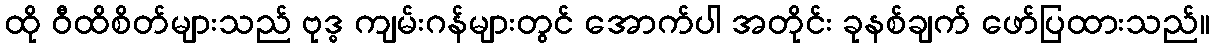
ထို ဝီထိစိတ်များသည် ဗုဒ္ဓ ကျမ်းဂန်များတွင် အောက်ပါ အတိုင်း ခုနစ်ချက် ဖော်ပြထားသည်။